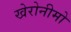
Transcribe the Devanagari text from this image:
खेरोनीमो